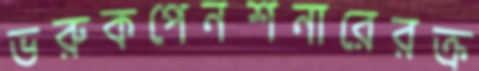
ভরুকপেনশনারেরক্র